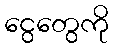
ငွေတွေကို